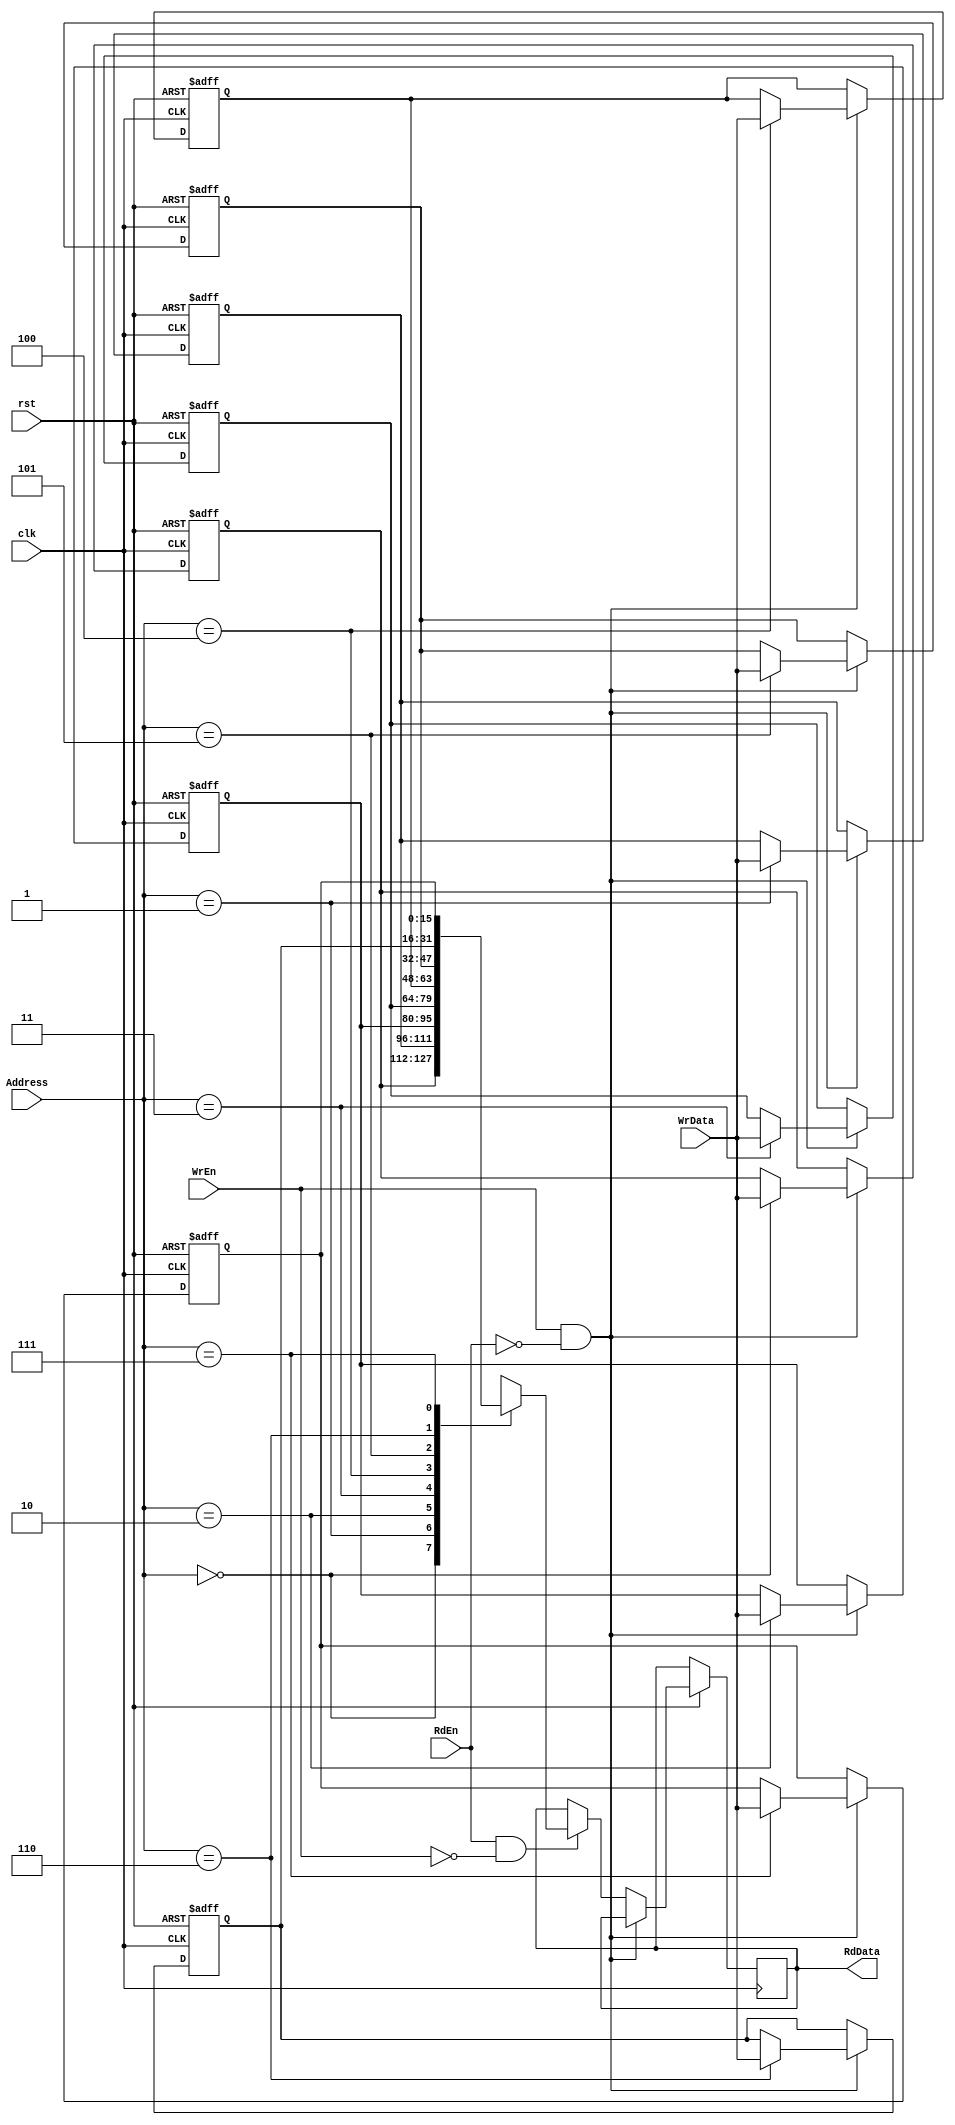
module RAM #( 
    // Parameters
    parameter ADDRESS = 3,
    parameter DEPTH   = 8 ,
    parameter WIDTH   = 16

) ( 
    // I/O Ports
    input wire clk, rst,
    input wire RdEn, WrEn, 
    input wire [ADDRESS - 1 : 0] Address,
    input wire [WIDTH   - 1 : 0] WrData,
    output reg [WIDTH   - 1 : 0] RdData
);

// memory 8*16 --> 2D array
reg [WIDTH - 1 : 0] memory [DEPTH - 1 : 0]; 
integer i;

// Active Low Asynchronous Reset
always @(posedge clk or negedge rst) begin
    if(!rst) begin
        for (i = 0 ; i < 8 ; i = i + 1 ) begin
            memory[i] <= 16'b0;  
        end
    end
    else begin
        // Write Operation is done only when WrEn is high
        if(WrEn && !RdEn) begin
            memory[Address] <= WrData;
            /*
            case(Address)
            3'b000: memory[0] <= WrData;
            .
            .
            .
            But: memory[Address] <= WrData; is better [More Generic]
            */
        end
        // Read Operation is done only when RdEn is high
        else if(RdEn && !WrEn) begin
            RdData <= memory[Address];
        end        
    end
    
end
    
endmodule